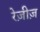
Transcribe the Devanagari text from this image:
रेज़ीज़